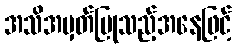
အသိအမှတ်ပြုသည့်အနေဖြင့်